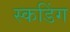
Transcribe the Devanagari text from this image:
स्कडिंग